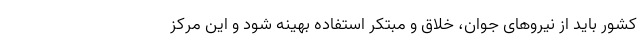
کشور باید از نیروهای جوان، خلاق و مبتکر استفاده بهینه شود و این مرکز